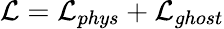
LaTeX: {\cal L}={\cal L}_{phys}+{\cal L}_{ghost}